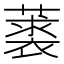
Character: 𦽲